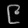
Digit: ၉